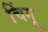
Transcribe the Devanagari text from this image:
चिंगू